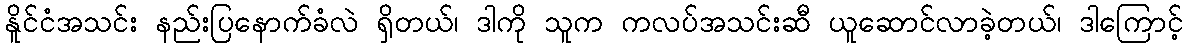
နိူင်ငံအသင်း နည်းပြနောက်ခံလဲ ရှိတယ်၊ ဒါကို သူက ကလပ်အသင်းဆီ ယူဆောင်လာခဲ့တယ်၊ ဒါကြောင့်